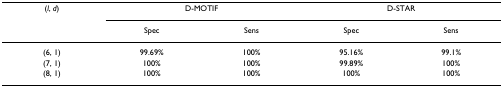
| (l, d) | <COLSPAN=2> D-MOTIF | <COLSPAN=2> D-STAR |
 |  | Spec | Sens | Spec | Sens |
 | --- | --- | --- | --- | --- |
 | (6, 1) | 99.69% | 100% | 95.16% | 99.1% |
 | (7, 1) | 100% | 100% | 99.89% | 100% |
 | (8, 1) | 100% | 100% | 100% | 100% |